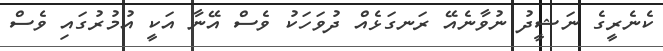
ކެނެރީގެ ނަޝީދު ނުވާނެއޭ ރަނގަޅެެއް ދުވަހަކު ވެސް އޭނާ އަކީ އުމުރުގައި ވެސް